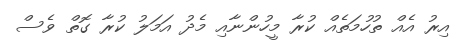
އިރު އެއް ތުހުމަތެއް ކުރާ މީހުންނާއި މެދު އަމަލު ކުރާ ގޮތް ވެސް